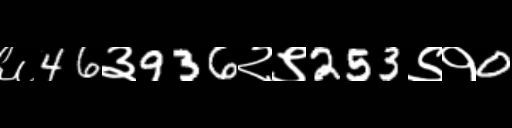
Text: ६46३936२९253९१0